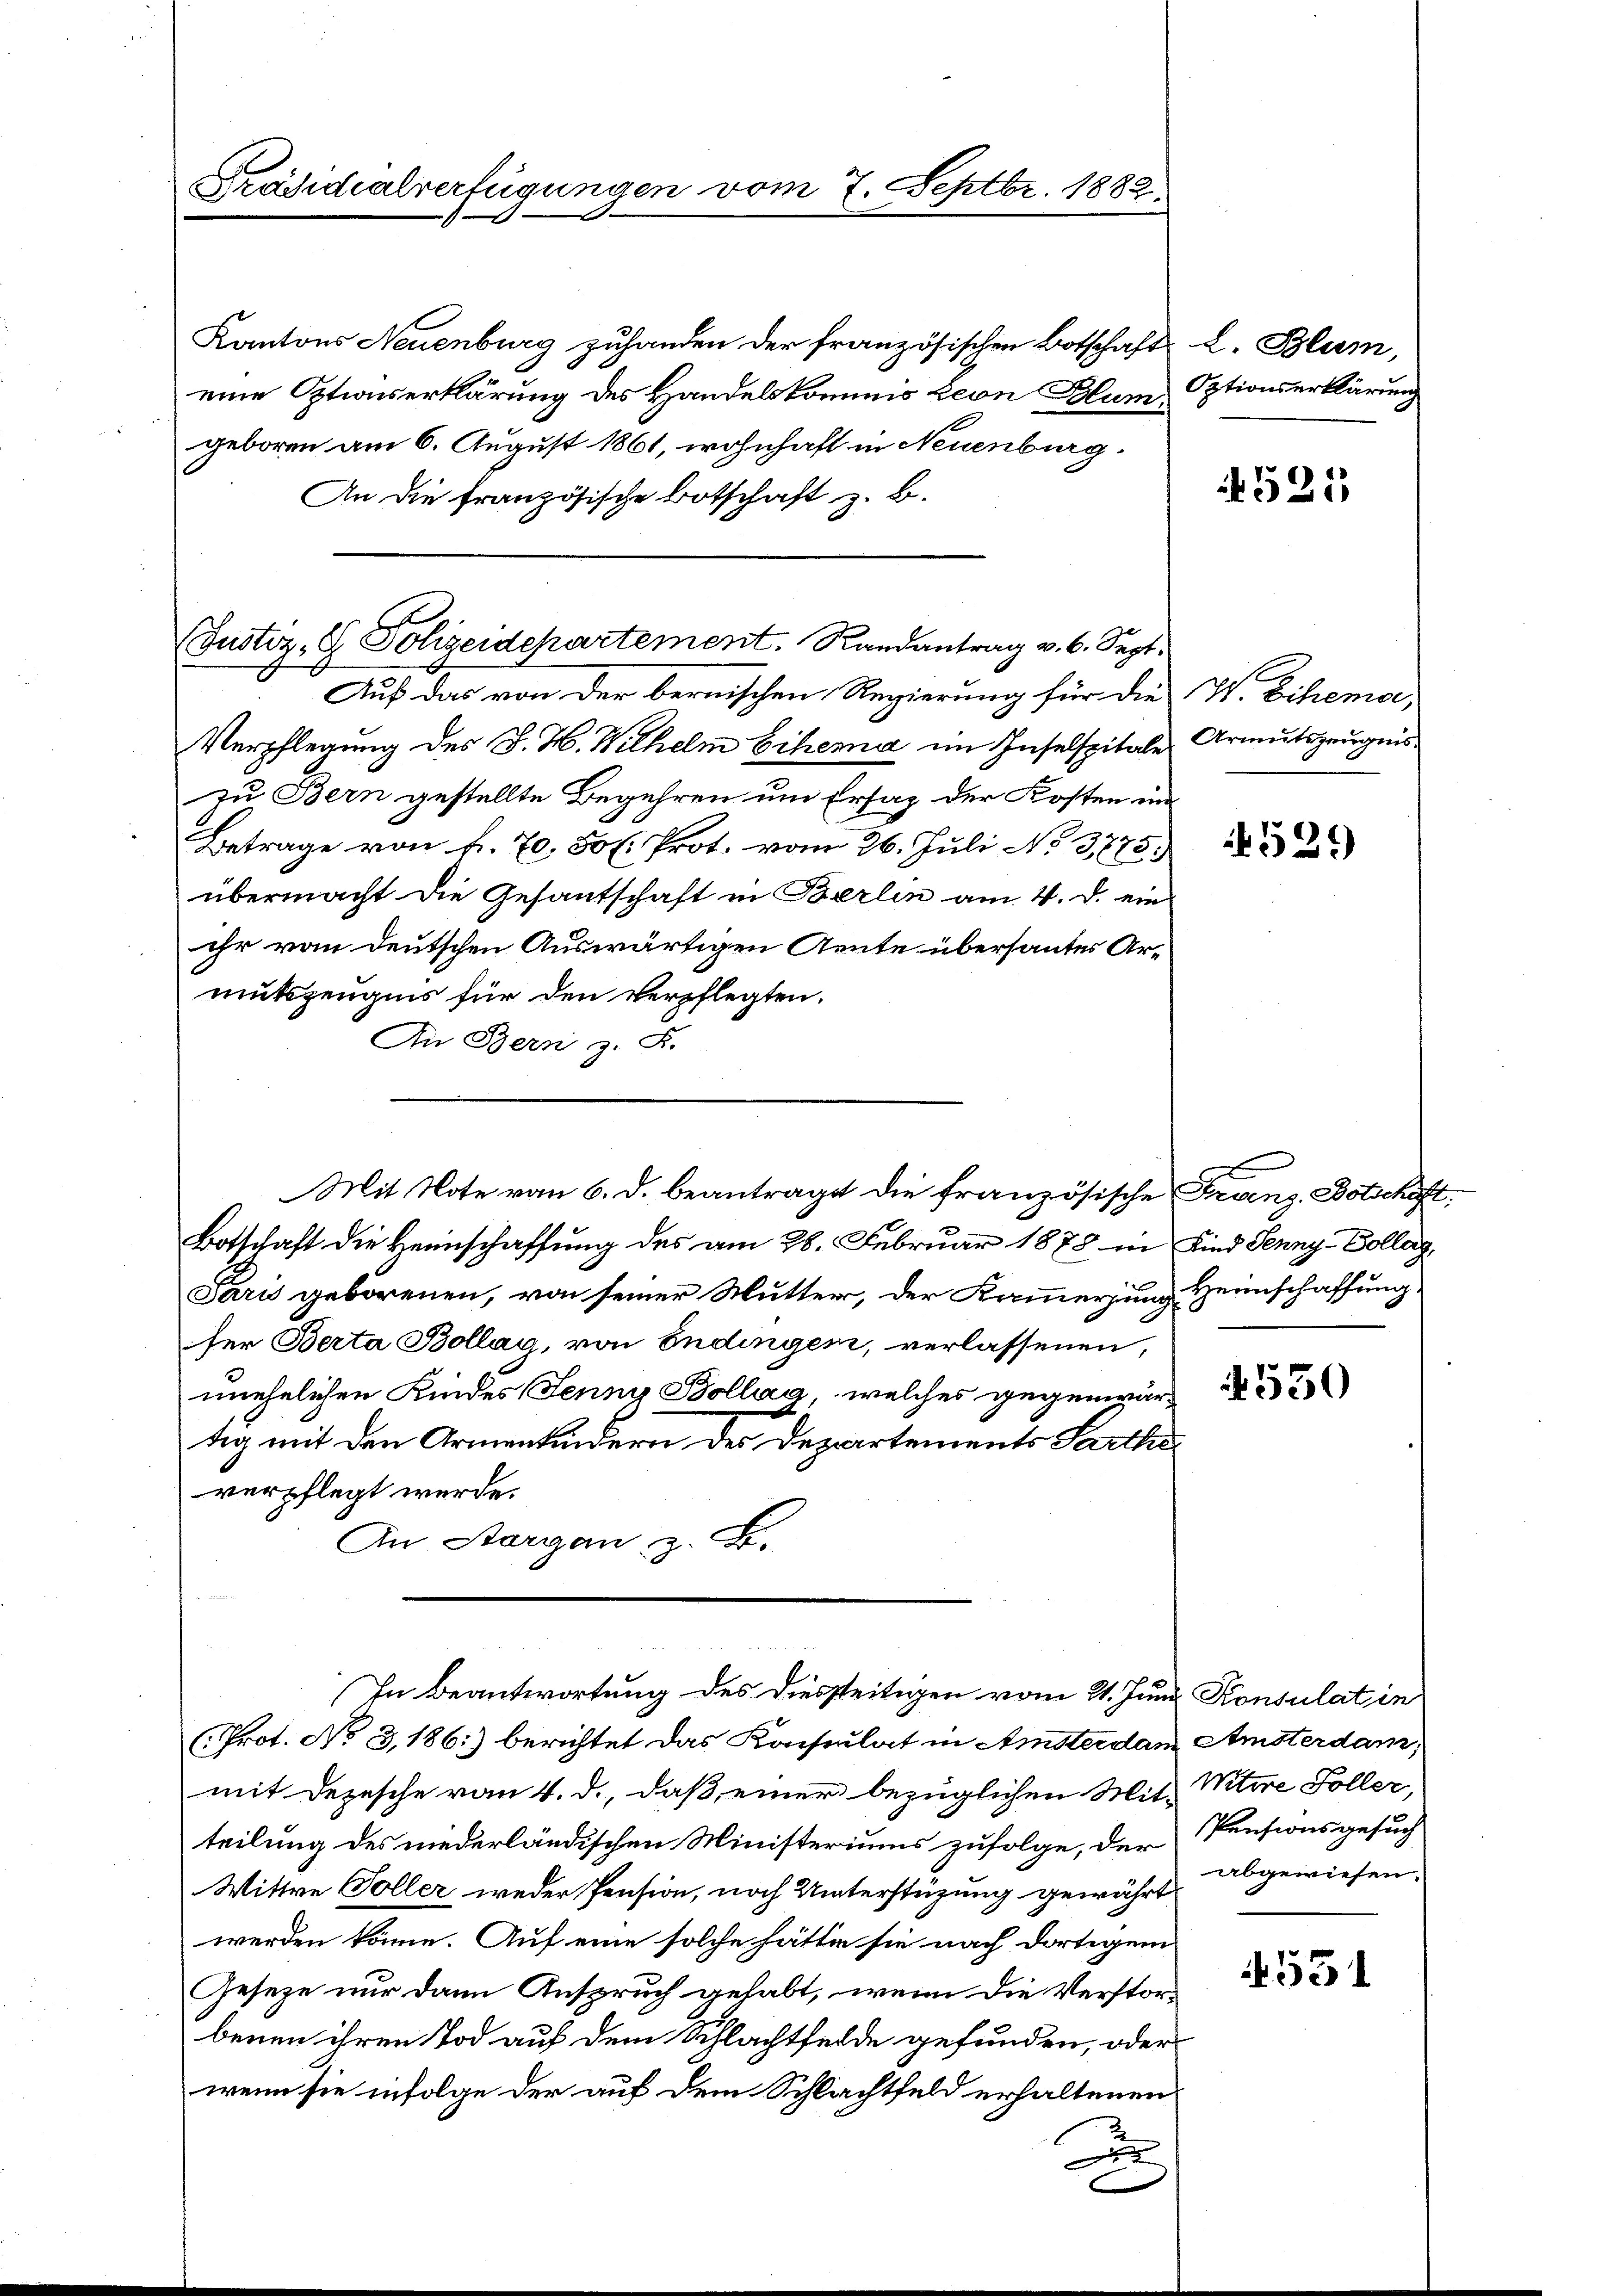
Kantons Neuenburg zuhanden der französischen Botschaft L. Blum,
eine Optionserklärung des Handelskommis Leon Blum Optionserklärung
geboren am 6. August 1861, wohnhaft in Neuenburg.
An die französische Botschaft z. B.
Auf das von der bernischen Regierung für die I. Ehema,
Verpflegung des J. H. Wilhelm Ehema im Inselspitale
zu Bern gestellte Begehren um Ersatz der Kosten un¬
Betrage von f. 70. 50 l. Prot. vom 26. Juli No 3775.
übermacht die Gesantschaft in Berlin am 4. d. ein
ihr von deutschen Auswärtigen Aente übersantes Armutszeugnis für den Verpflegten.
An Bern z. B.
Botschaft die Heimschaffung des am 28. Februar 1878 in Kind Jenny-Collag
Paris geborenen, von seiner Mutter, der Kammerung Heimschaffung
ser Berta Bollag, von Endingen, verlassenen,
unehelichen Kindes Jenny Bollaa, welches gegenwärtig mit den Armenkindern des Departements Parthe
verpflegt werde.
An Stargan z. B.
In Beantwortung des Diesseitigen vom 21. Juni Konsulat in
(Prot. No 3,186:) berichtet das Konsulat in Amsterdam Amsterdam,
mit Dezesche vom 4. d., daß einer bezüglichen Mit-
teilung des niederländischen Ministeriums zufolge, der
Wittwe Soller weder Pension, noch Unterstüzung gewährt
werden könne. Auf eine solche hätte sie nach dortigem
Gesetze nur dann Anspruch gehabt, wenn die Verstor-
benen ihren Tod auf dem Schlachtfelde gefunden, oder
wenn sie infolge der auf dem Schlachtfeld erhaltenen
A

Präsidialverfügungen vom 7. Septbr. 1882.

(Justiz, G. Polizeidepartement. Randantrag v. 6. Sept.

Mit Note vom 6. d. beantragt die französische Franz Botschaft,

525

Armutszeugnis.

529

4550

Witwe Soller,
Pensionsgesuch
abgewiesen.

4531